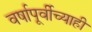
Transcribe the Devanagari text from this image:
वर्षापूर्वीच्याही